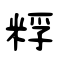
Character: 粰